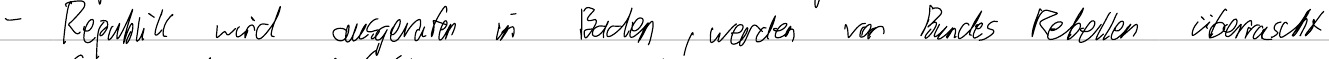
- Republik wird ausgerufen in Baden, werden von Bundes Rebellen überrascht